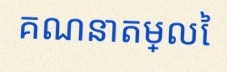
គណនាតម្លៃ